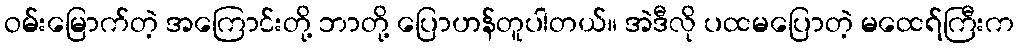
ဝမ်းမြောက်တဲ့ အကြောင်းတို့ ဘာတို့ ပြောဟန်တူပါတယ်။ အဲဒီလို ပထမပြောတဲ့ မထေရ်ကြီးက